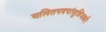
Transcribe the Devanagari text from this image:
चलितपदपांसून्निजकरैः